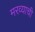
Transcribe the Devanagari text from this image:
मरव्याची